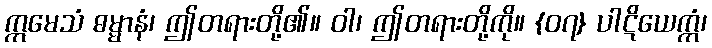
ဣမေသံ ဓမ္မာနံ၊ ဤတရားတို့၏။ ဝါ၊ ဤတရားတို့ကို။ {၀၇} ပါဋိယေက္ကံ၊